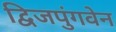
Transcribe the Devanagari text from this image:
द्विजपुंगवेन